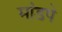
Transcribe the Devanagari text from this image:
मांडपे